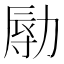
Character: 𠢑